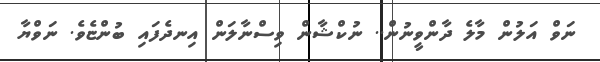
ނަވް އަލުން މާލެ ދާންވީނުން.. ނުކްޝާން ވިސްނާލަން އިނދެފައި ބުންޏެވެ. ނަވްޔާ